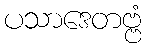
ပသာဒေတဗ္ဗံ